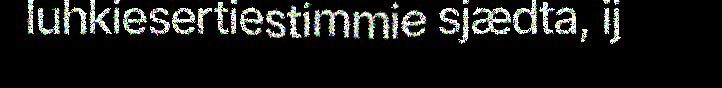
luhkiesertiestimmie sjædta, ij